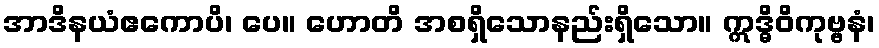
အာဒိနယံဧကောပိ၊ ပေ။ ဟောတိ အစရှိသောနည်းရှိသော။ ဣဒ္ဓိဝိကုဗ္ဗနံ၊